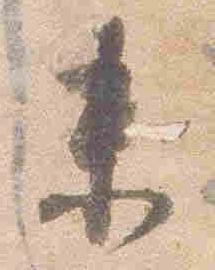
未